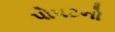
પોપટનો